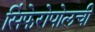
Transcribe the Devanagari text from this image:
सिंफेरोपोलची